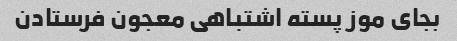
بجای موز پسته اشتباهی معجون فرستادن